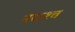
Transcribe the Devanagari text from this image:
नद्यश्‍च